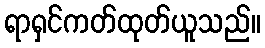
ရာရှင်ကတ်ထုတ်ယူသည်။